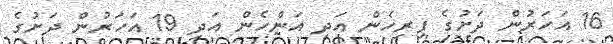
16 އަހަރުން ދަށުގެ ފިރިހެން އަދި އަންހެން އަދި 19 އަހަރުން ދަށުގެ